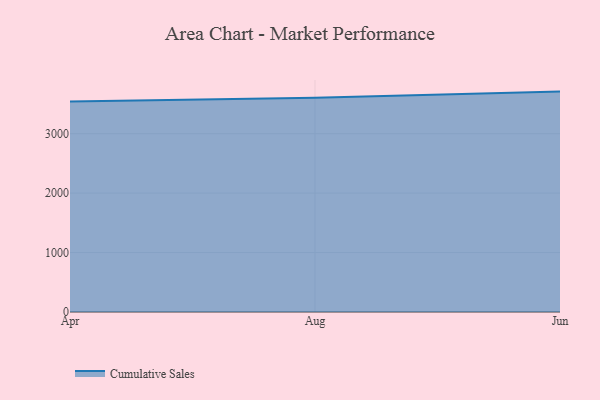
{"axis": {"x": "Month", "y": "Shipments"}, "legend": ["Cumulative Sales"], "data": [{"x": "Apr", "y": 3539.5, "type": "Cumulative Sales"}, {"x": "Aug", "y": 3604.9, "type": "Cumulative Sales"}, {"x": "Jun", "y": 3707.9, "type": "Cumulative Sales"}]}